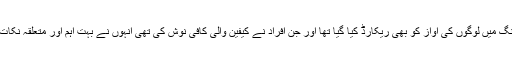
اس پوری میٹنگ میں لوگوں کی آواز کو بھی ریکارڈ کیا گیا تھا اور جن افراد نے کیفین والی کافی نوش کی تھی انہوں نے بہت اہم اور متعلقہ نکات اٹھائے تھے۔